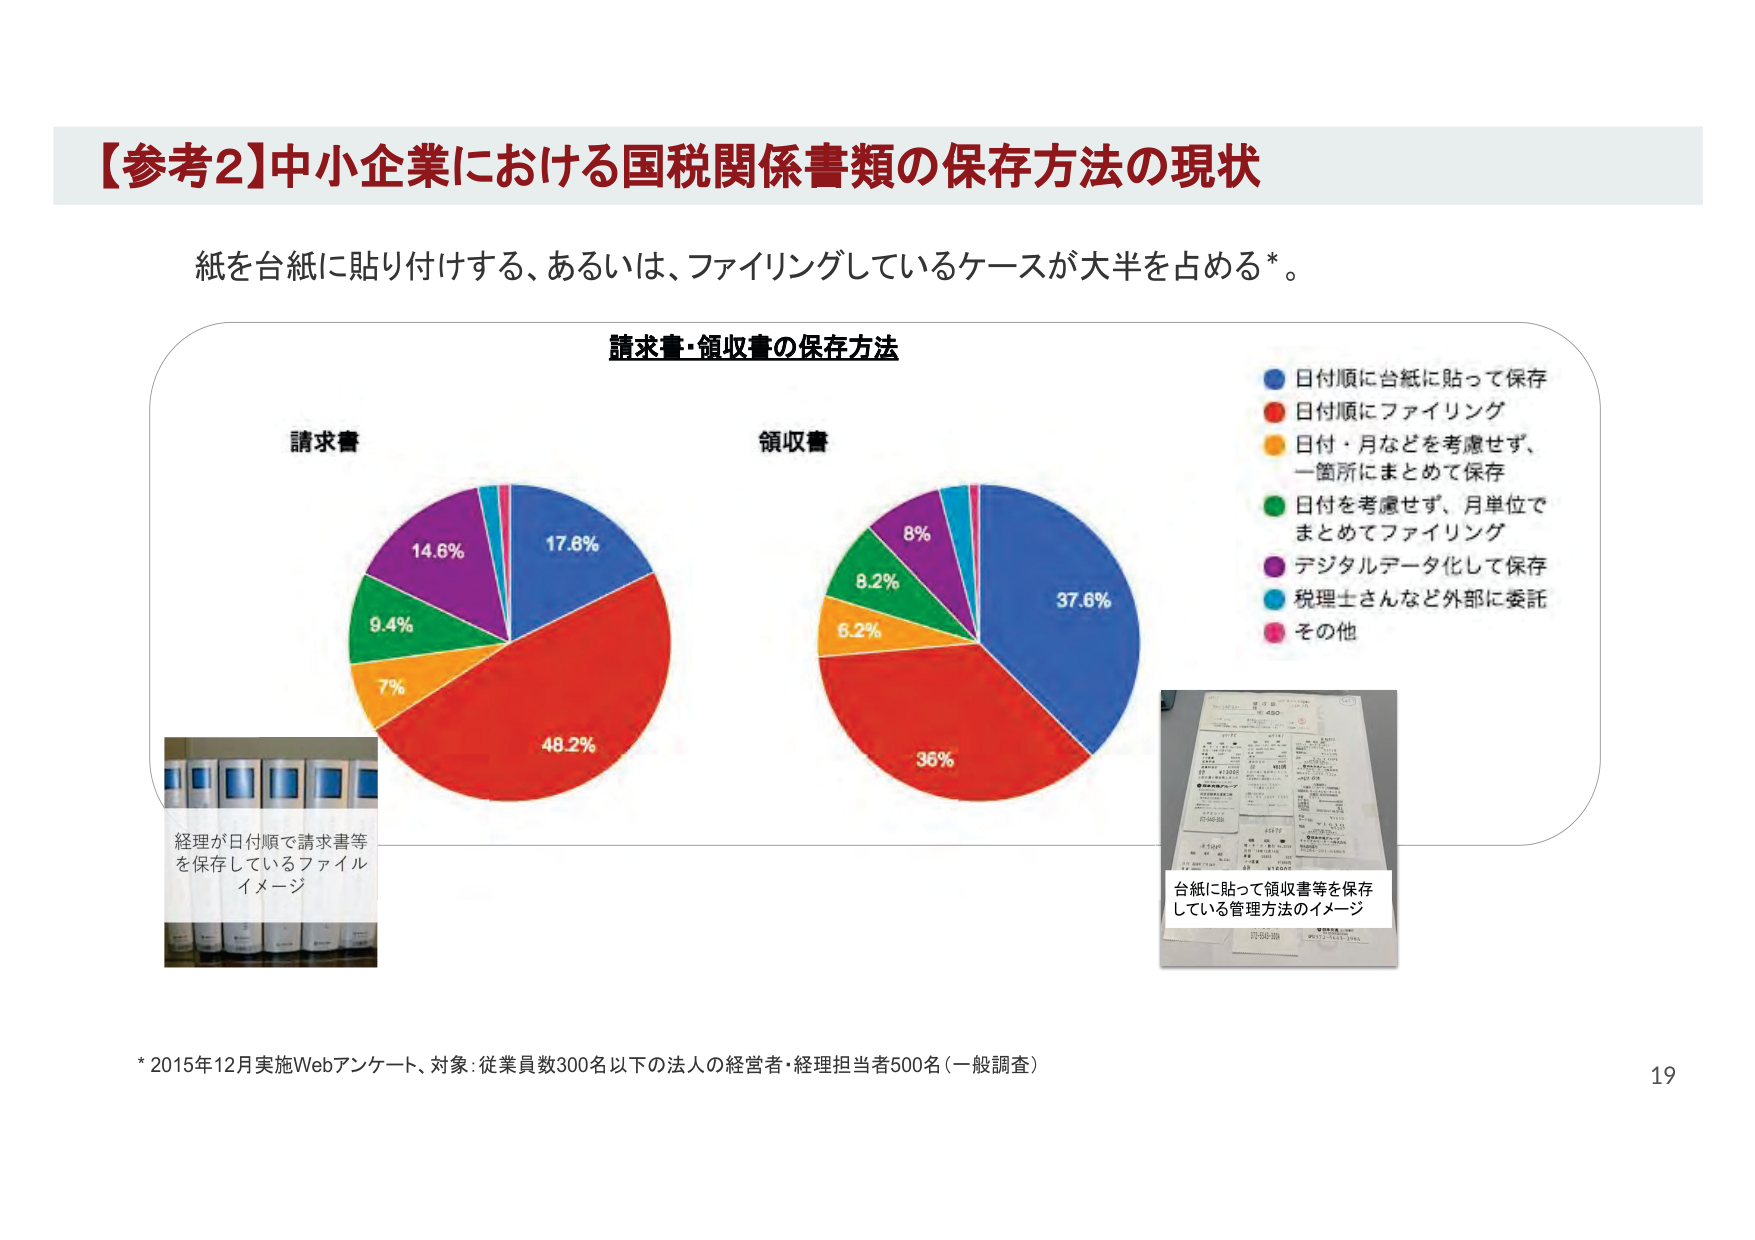
【参考2】中小企業における国税関係書類の保存方法の現状

紙を台紙に貼り付けする、あるいは、ファイリングしているケースが大半を占める*。

請求書・領収書の保存方法

請求書
17.8%
48.2%
7%
9.4%
14.6%

領収書
37.6%
36%
6.2%
8.2%
8%

● 日付順に台紙に貼って保存
● 日付順にファイリング
● 日付・月などを考慮せず、一箇所にまとめて保存
● 日付を考慮せず、月単位でまとめてファイリング
● デジタルデータ化して保存
● 税理士さんなど外部に委託
● その他

経理が日付順で請求書等を保存しているファイルイメージ

台紙に貼って領収書等を保存している管理方法のイメージ

* 2015年12月実施Webアンケート、対象：従業員数300名以下の法人の経営者・経理担当者500名（一般調査）

19